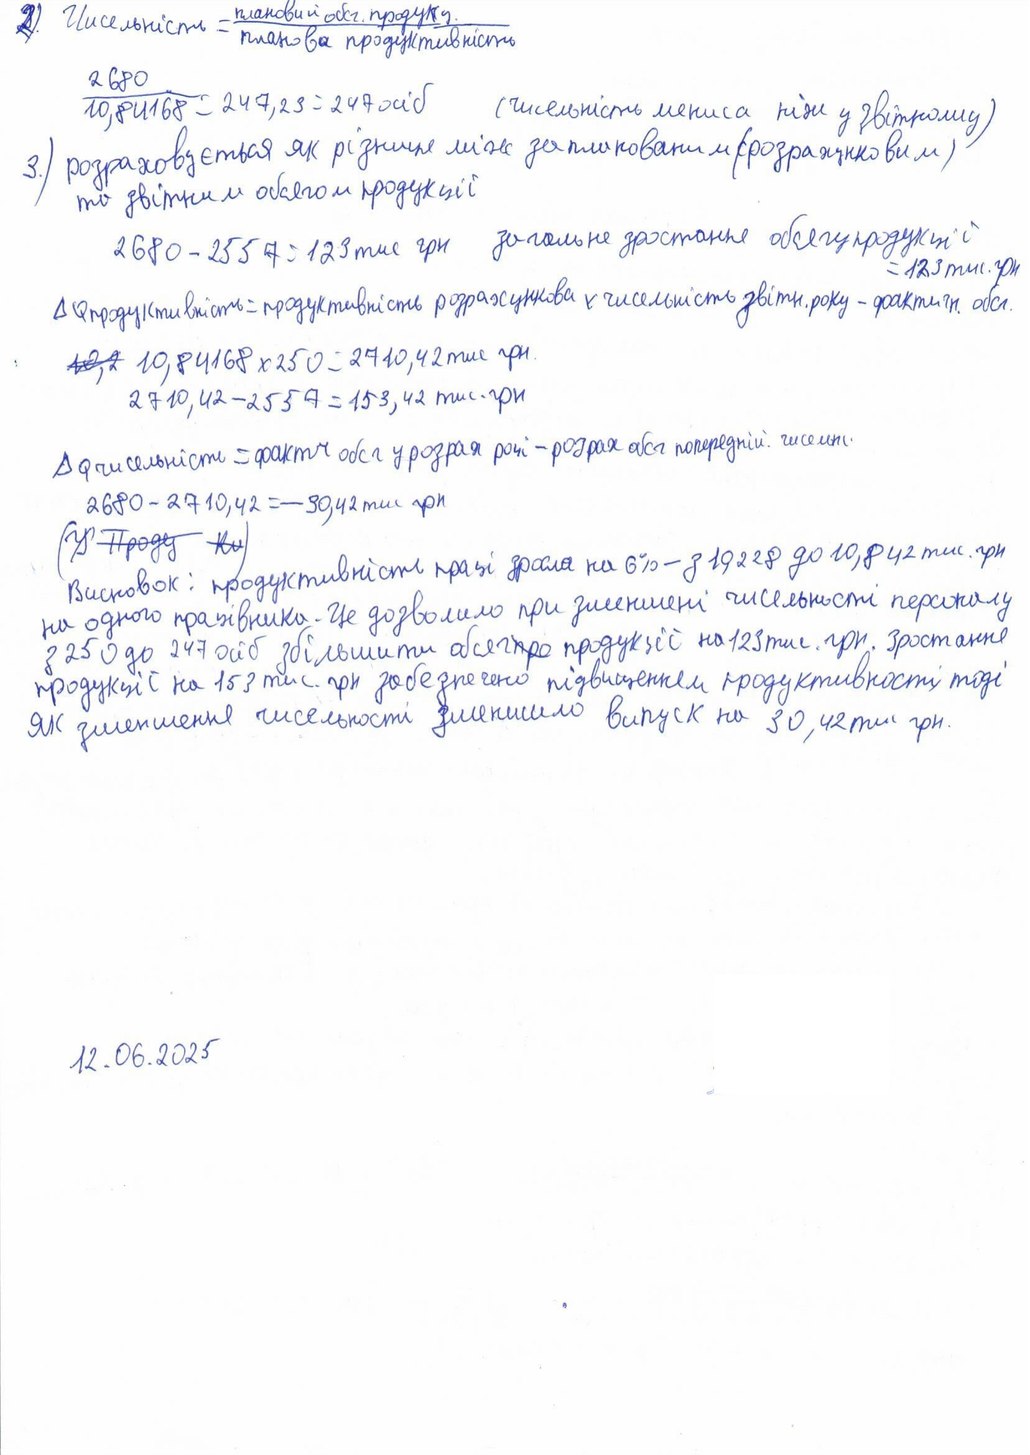
2) Чисельність = плановий обсг. продукц. / планова продуктивність
2680 / 10,84168 = 247,23 = 247 осіб (чисельність менша ніж у звітному)
3.) розраховується як різниця між запланованим (розрахунковим)
та звітним обсягом продукції
2680 - 2557 = 123 тис грн загальне зростання обсягу продукції = 123 тис. грн
ΔQпродуктивність = продуктивність розрахункова x чисельність звітн. року - фактичн. обсг.
~~10,2~~   10,84168 x 250 = 2710,42 тис грн.
2710,42 - 2557 = 153,42 тис. грн
ΔQ чисельність = фактч обсг у розрах році - розрах обсг попередній. чисельн.
2680 - 2710,42 = -30,42 тис грн
(~~У~~ ~~Проду~~ ~~Ки~~)
Висновок: продуктивність праці зросла на 6% - з 10,228 до 10,842 тис. грн
на одного працівника. Це дозволило при зменшенні чисельності персоналу
з 250 до 547 осіб  збільшити обсяг~~про~~  продукції на 123 тис. грн. Зростання
продукції на 153 тис. грн забезпечено підвищенням продуктивності, тоді
як зменшення чисельності зменшило випуск на 30,42 тис. грн.
12.06.2025